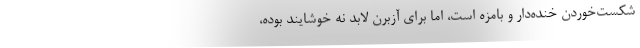
شکست‌خوردن خنده‌دار و بامزه است، اما برای آزبُرن لابد نه خوشایند بوده،